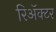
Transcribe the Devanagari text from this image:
रिअॅक्टर